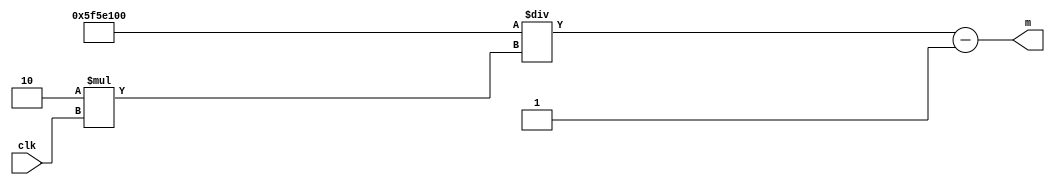
`timescale 1ns / 1ps
//////////////////////////////////////////////////////////////////////////////////
// Company: 
// Engineer: 
// 
// Design Name: 
// Module Name: clk_cal_m
// Project Name: 
// Target Devices: 
// Tool Versions: 
// Description: 
// 
// Dependencies: 
// 
// Revision:
// Revision 0.01 - File Created
// Additional Comments:
// 
//////////////////////////////////////////////////////////////////////////////////


module clk_cal_m(
    input [31:0]clk,
    output [31:0] m
    );
    assign m = 100000000/(2*clk)-1;
endmodule